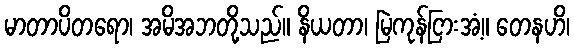
မာတာပိတရော၊ အမိအဘတို့သည်။ နိယတာ၊ မြဲကုန်ငြားအံ့။ တေနဟိ၊